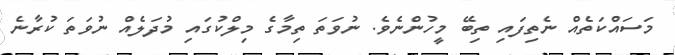
މަސައްކަތެއް ނެތިފައި ތިބޭ މީހުންނެވެ. ނުވަތަ ތިމާގެ މިލްކުގައި މުދަލެއް ނުވަތަ ކުރާނެ